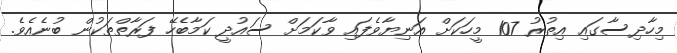
މިހާދިސާގައި އިތުރު 107 މީހަކަށް އަނިޔާވެފައި ވާކަމަށް ސައުދީ ކަމާބެހޭ ފަރާތްތަކުން ބުނެއެވެ.